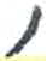
אות: ,